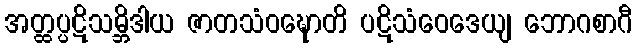
အတ္ထပ္ပဋိသမ္ဘိဒါယ ဇာတသံဝဍ္ဎောတိ ပဋိသံဝေဒေယျ ဘောဂစာဂီ